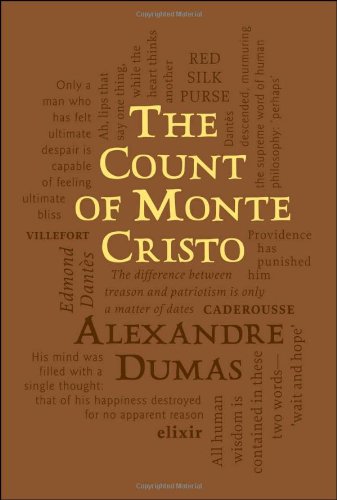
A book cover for The Count of Monte Cristo (Word Cloud Classics); Alexandre Dumas; Literature & Fiction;